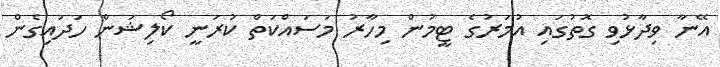
އޭނާ ވިދާޅުވި ގޮތުގައި އުމަރުގެ ޓީމުން މިހާރު މަސައްކަތް ކުރަނީ ކޯލިޝަން ހަދައިގެން